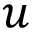
u